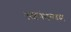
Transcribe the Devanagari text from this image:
अष्टमंगल्यम